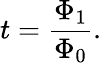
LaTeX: t=\frac{\Phi_{1}}{\Phi_{0}}.